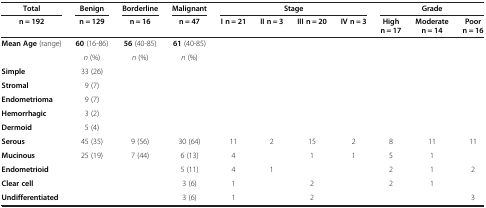
| Total | Benign | Borderline | Malignant | <COLSPAN=4> Stage | <COLSPAN=3> Grade |
 | n = 192 | n = 129 | n = 16 | n = 47 | I n = 21 | II n = 3 | III n = 20 | IV n = 3 | High n = 17 | Moderate n = 14 | Poor n = 16 |
 | --- | --- | --- | --- | --- | --- | --- | --- | --- | --- | --- |
 | Mean Age (range) | 60 (16-86) | 56 (40-85) | 61 (40-85) |  |  |  |  |  |  |  |
 |  | n (%) | n (%) | n (%) |  |  |  |  |  |  |  |
 | Simple | 33 (26) |  |  |  |  |  |  |  |  |  |
 | Stromal | 9 (7) |  |  |  |  |  |  |  |  |  |
 | Endometrioma | 9 (7) |  |  |  |  |  |  |  |  |  |
 | Hemorrhagic | 3 (2) |  |  |  |  |  |  |  |  |  |
 | Dermoid | 5 (4) |  |  |  |  |  |  |  |  |  |
 | Serous | 45 (35) | 9 (56) | 30 (64) | 11 | 2 | 15 | 2 | 8 | 11 | 11 |
 | Mucinous | 25 (19) | 7 (44) | 6 (13) | 4 |  | 1 | 1 | 5 | 1 |  |
 | Endometrioid |  |  | 5 (11) | 4 | 1 |  |  | 2 | 1 | 2 |
 | Clear cell |  |  | 3 (6) | 1 |  | 2 |  | 2 | 1 |  |
 | Undifferentiated |  |  | 3 (6) | 1 |  | 2 |  |  |  | 3 |